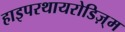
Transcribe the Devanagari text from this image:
हाइपरथायरोडिज़्म